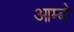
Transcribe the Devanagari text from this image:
आम्बो